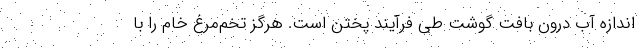
اندازه آب درون بافت گوشت طی فرآیند پختن است. هرگز تخم‌مرغ خام را با